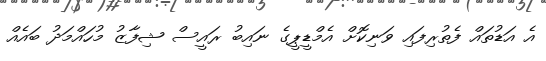
އެ އަޑުތައް ފެތުރިފައި ވަނިކޮށް އެމްޑީޕީގެ ނައިބު ރައީސް ޝިފާޒު މުހައްމަދު ބައެއް